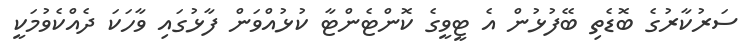
ސަރުކާރުގެ ބޮޑެތި ބޭފުޅުން އެ ޓީވީގެ ކޮންޓެންޓާ ކުޅުއްވަން ފާޅުގައި ވާހަކަ ދެއްކެވުމަކީ